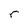
Character: r